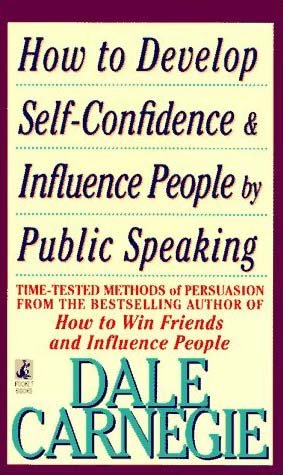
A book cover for How to Develop Self-Confidence And Influence People By Public Speaking; Dale Carnegie; Self-Help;